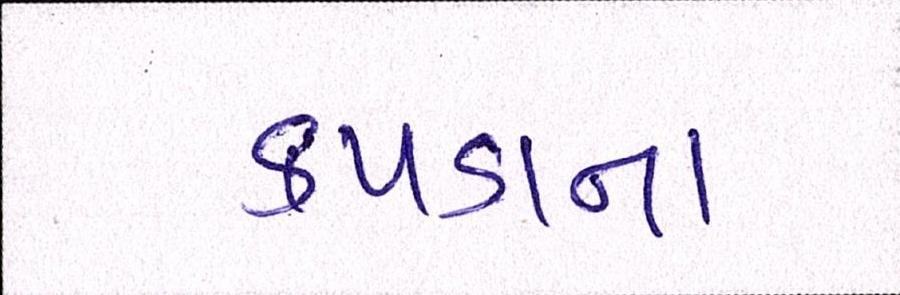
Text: કપડાંના